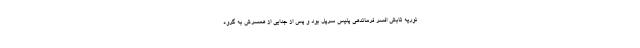
نوریه تابش افسر فرماندهی پلیس سرپل بود و پس از جدایی از همسرش به گروه